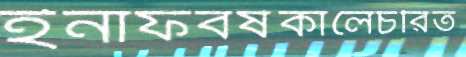
ইনাফবর্ষকালেচরিত